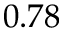
0 . 7 8